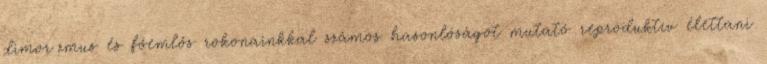
dimorﬁzmus és főemlős rokonainkkal számos hasonlóságot mutató reproduktív élettani